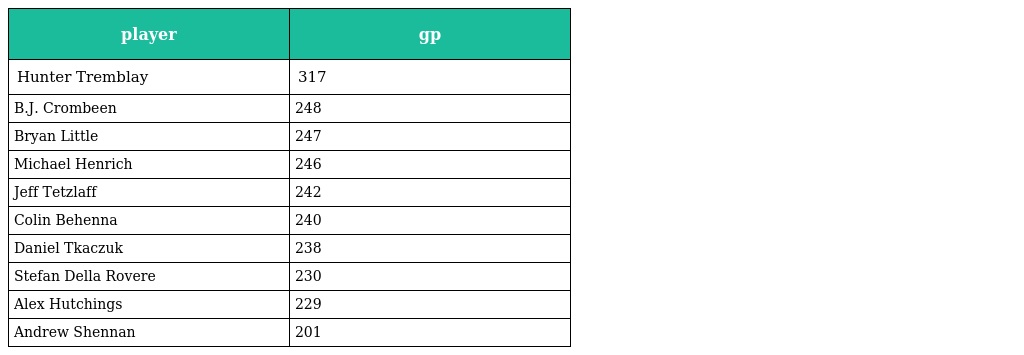
| player | gp |
 | --- | --- |
 | Hunter Tremblay | 317 |
 | B.J. Crombeen | 248 |
 | Bryan Little | 247 |
 | Michael Henrich | 246 |
 | Jeff Tetzlaff | 242 |
 | Colin Behenna | 240 |
 | Daniel Tkaczuk | 238 |
 | Stefan Della Rovere | 230 |
 | Alex Hutchings | 229 |
 | Andrew Shennan | 201 |